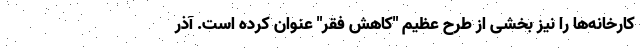
کارخانه‌ها را نیز بخشی از طرح عظیم "کاهش فقر" عنوان کرده است. آذر